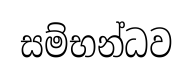
සම්භන්ධව